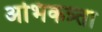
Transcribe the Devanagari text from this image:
अभिकत्र्ता